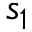
s _ { 1 }